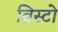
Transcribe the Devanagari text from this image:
ब्रिस्टो